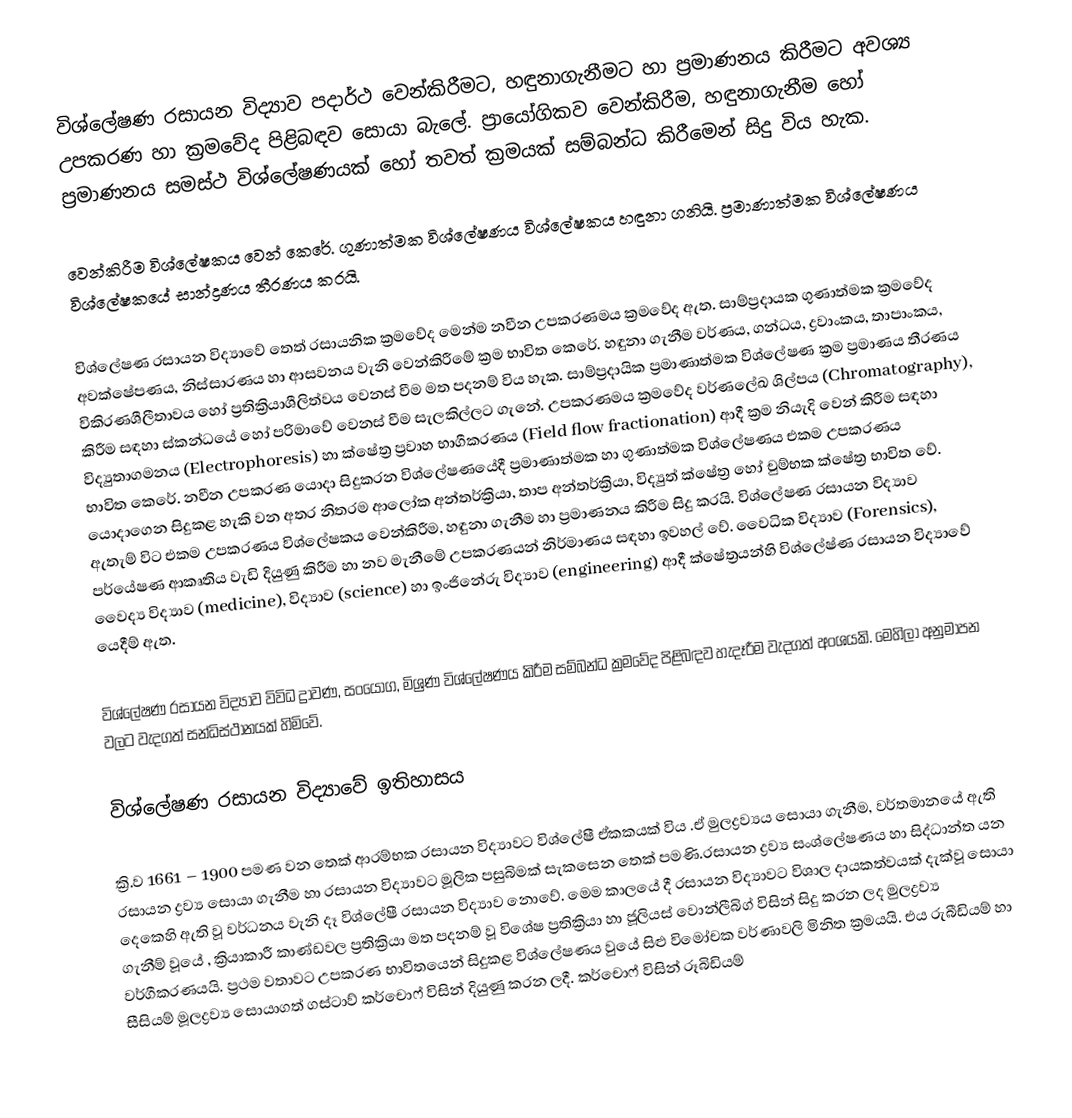
විශ්ලේෂණ රසායන විද්‍යාව පදාර්ථ වෙන්කිරීමට, හඳුනාගැනීමට හා ප්‍රමාණනය කිරීමට අවශ්‍ය උපකරණ හා ක්‍රමවේද පිළිබඳව සොයා බැලේ. ප්‍රායෝගිකව වෙන්කිරීම, හඳුනාගැනීම හෝ ප්‍රමාණනය සමස්ථ විශ්ලේෂණයක් හෝ තවත් ක්‍රමයක් සම්බන්ධ කිරීමෙන් සිදු විය හැක.

වෙන්කිරීම විශ්ලේෂකය වෙන් කෙරේ. ගුණාත්මක විශ්ලේෂණය විශ්ලේෂකය හඳුනා ගනියි. ප්‍රමාණාත්මක විශ්ලේෂණය විශ්ලේෂකයේ සාන්ද්‍රණය තීරණය කරයි.

විශ්ලේෂණ රසායන විද්‍යාවේ තෙත් රසායනික ක්‍රමවේද මෙන්ම නවීන උපකරණමය ක්‍රමවේද ඇත. සාම්ප්‍රදායක ගුණාත්මක ක්‍රමවේද අවක්ෂේපණය, නිස්සාරණය හා ආසවනය වැනි වෙන්කිරීමේ ක්‍රම භාවිත කෙරේ. හඳුනා ගැනීම වර්ණය, ගන්ධය, ද්‍රවාංකය, තාපාංකය, විකිරණශීලීතාවය හෝ ප්‍රතික්‍රියාශීලිත්වය වෙනස් වීම මත පදනම් විය හැක. සාම්ප්‍රදායික ප්‍රමාණාත්මක විශ්ලේෂණ ක්‍රම ප්‍රමාණය තීරණය කිරීම සඳහා ස්කන්ධයේ හෝ පරිමාවේ වෙනස් වීම සැලකිල්ලට ගැනේ. උපකරණමය ක්‍රමවේද වර්ණලේඛ ශිල්පය (Chromatography), විද්‍යුතාගමනය (Electrophoresis) හා ක්ෂේත්‍ර ප්‍රවාහ භාගීකරණය (Field flow fractionation) ආදී ක්‍රම නියැදි වෙන් කිරීම සඳහා භාවිත කෙරේ. නවීන උපකරණ යොදා සිදුකරන විශ්ලේෂණයේදී ප්‍රමාණාත්මක හා ගුණාත්මක විශ්ලේෂණය එකම උපකරණය යොදාගෙන සිදුකළ හැකි වන අතර නිතරම ආලෝක අන්තර්ක්‍රියා, තාප අන්තර්ක්‍රියා, විද්‍යුත් ක්ෂේත්‍ර හෝ චුම්භක ක්ෂේත්‍ර භාවිත වේ. ඇතැම් විට එකම උපකරණය විශ්ලේෂකය වෙන්කිරීම, හඳුනා ගැනීම හා ප්‍රමාණනය කිරීම සිදු කරයි. විශ්ලේෂණ රසායන විද්‍යාව පර්යේෂණ ආකෘතිය වැඩි දියුණු කිරීම හා නව මැනීමේ උපකරණයන් නිර්මාණය සඳහා ඉවහල් වේ. වෛධික විද්‍යාව (Forensics), වෛද්‍ය විද්‍යාව (medicine), විද්‍යාව (science) හා ඉංජිනේරු විද්‍යාව (engineering) ආදී ක්ෂේත්‍රයන්හි විශ්ලේෂ්ණ රසායන විද්‍යාවේ යෙදීම් ඇත.

විශ්ලේෂණ රසායන විද්‍යාව විවිධ ද්‍රාවණ, සංයෝග, මිශ්‍රණ විශ්ලේෂණය කිරීම සම්බන්ධ ක්‍රමවේද පිළිබඳව හැදෑරීම වැදගත් අංශයකි. මෙහිලා අනුමාපන වලට වැදගත් සන්ධිස්ථානයක් හිමිවේ.

විශ්ලේෂණ රසායන විද්‍යාවේ ඉතිහාසය

ක්‍රි.ව 1661 – 1900 පමණ වන තෙක් ආරම්භක රසායන විද්‍යාවට විශ්ලේෂී ඒකකයක් විය .ඒ මුලද්‍රව්‍යය සොයා ගැනීම, වර්තමානයේ ඇති රසායන ද්‍රව්‍ය සොයා ගැනීම හා රසායන විද්‍යාවට මූලික පසුබිමක් සැකසෙන තෙක් පමණි.රසායන ද්‍රව්‍ය සංශ්ලේෂණය හා සිද්ධාන්ත යන දෙකෙහි ඇති වූ වර්ධනය වැනි දෑ විශ්ලේෂී රසායන විද්‍යාව නොවේ. මෙම කාලයේ දී රසායන විද්‍යාවට විශාල දායකත්වයක් දැක්වූ සොයා ගැනීම් වූයේ , ක්‍රියාකාරී කාණ්ඩවල ප්‍රතික්‍රියා මත පදනම් වූ විශේෂ ප්‍රතික්‍රියා හා ජූලියස් වොන්ලීබිග් විසින් සිදු කරන ලද මුලද්‍රව්‍ය වර්ගීකරණයයි. ප්‍රථම වතාවට උපකරණ භාවිතයෙන් සිදුකළ විශ්ලේෂණය වුයේ සිළු විමෝචක වර්ණාවලි මිනිත ක්‍රමයයි. එය රුබීඩියම් හා සීසියම් මූලද්‍රව්‍ය සොයාගත් ගස්ටාව් කර්චොෆ් විසින් දියුණු කරන ලදී. කර්චොෆ් විසින් රූබිඩියම්